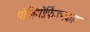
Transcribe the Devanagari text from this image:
पोलिमोर्फ़िज्मकाम